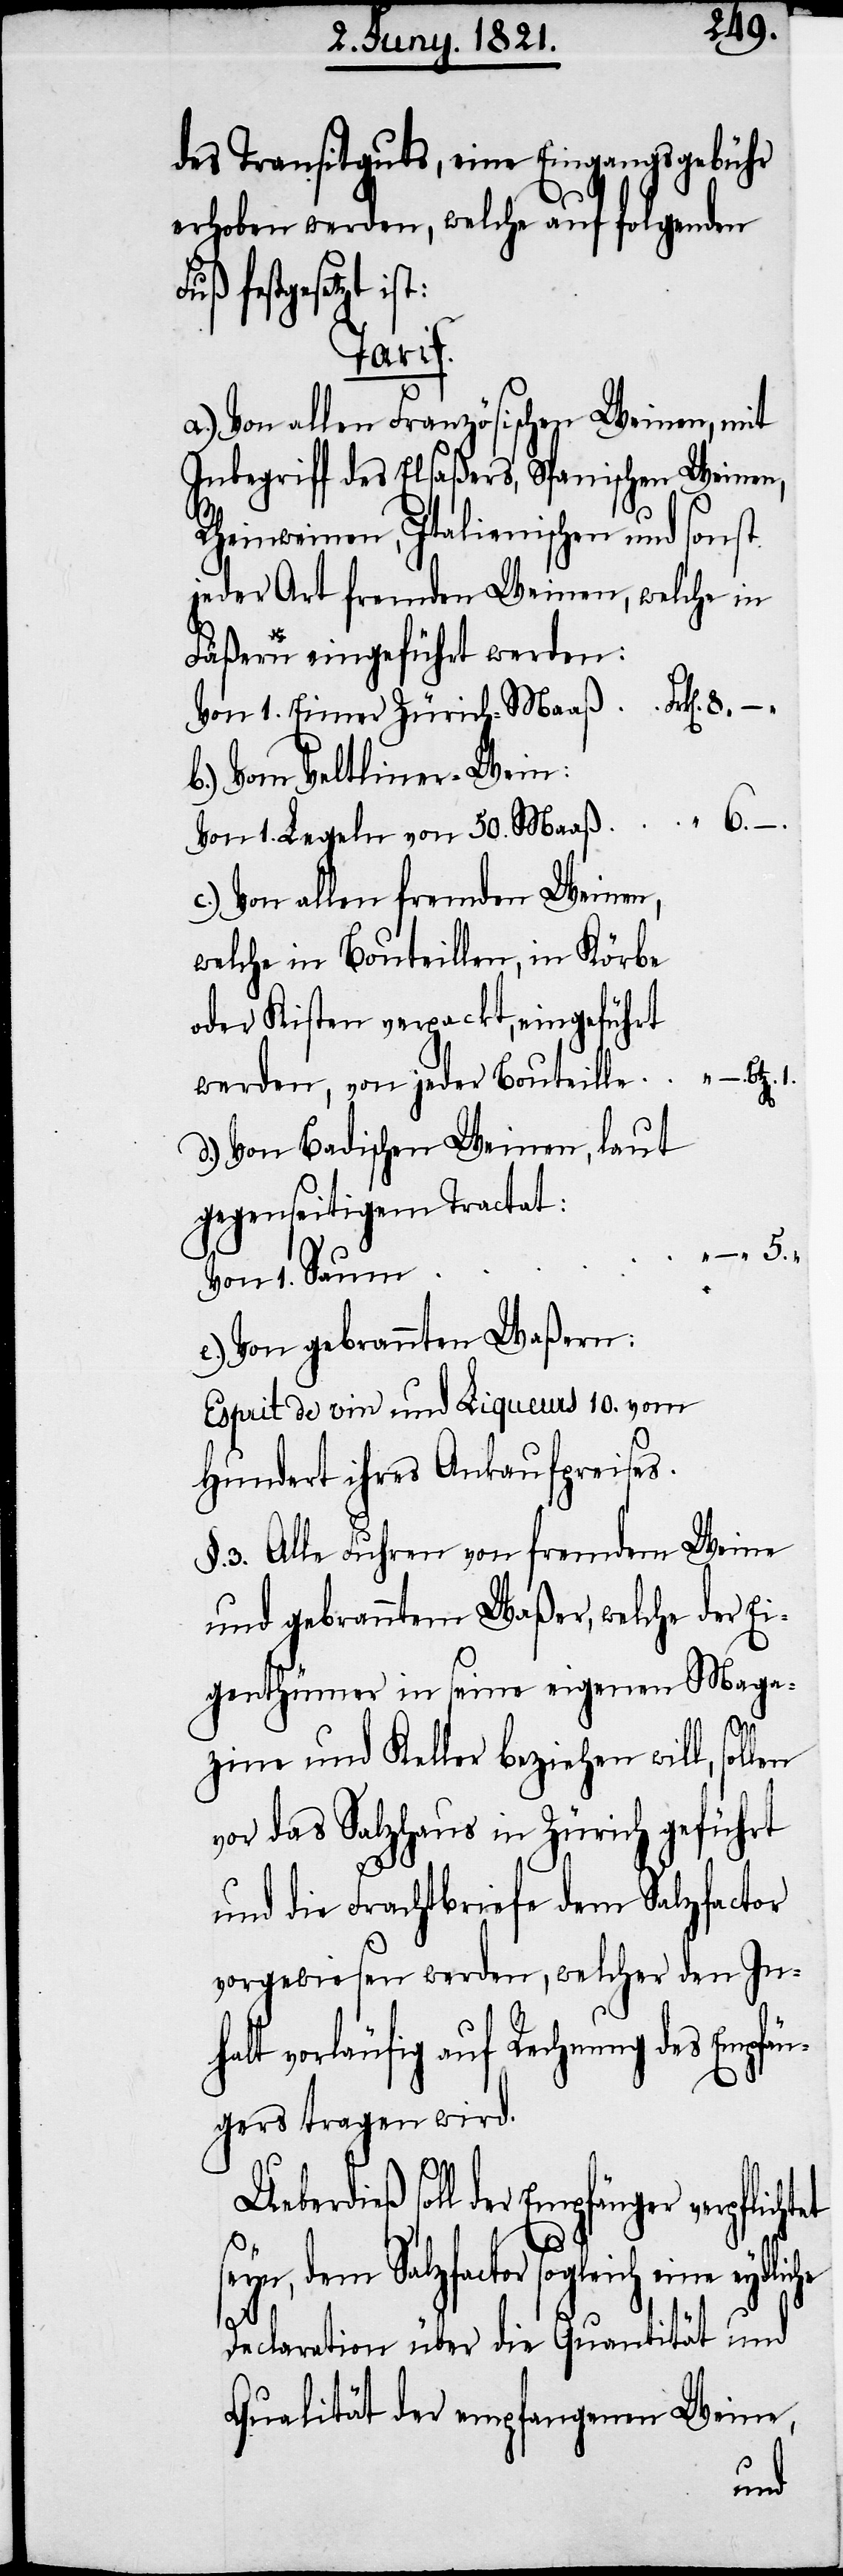
des Transitguts, eine Einzugsgebühr
erhoben werden, welche auf folgenden
Fuß festgesetzt
Tarif.
a.) Von allen Französischen Weinen, mit
Inbegriff des Elsaßers, Spanischen Weinen,
Rheinweinen, Italienischen und sonst
jeder Art fremden Weinen, welche in
Fäßern eingeführt werden:
Von 1. Eimer Zürich-Maaß
b.) Vom Veltliner-Wein:
Von 1. Legeln von 50. Maaß
Von allen fremden Weinen,
welche in Bouteillen, in Körbe
oder Kisten verpackt, eingeführt
werden, von jeder Bouteille
d.) Von Badischen Weinen, laut
gegenseitigem Tractat:
Von 1. Saum
e.) Von gebrannten Waßern:
Esprit de vin und Liqueurs 10. vom
Hundert ihres Ankaufpreises.
§. 3. Alle Fuhren von fremdem Weine
und gebranntem Waßer, welche der Ei¬
genthümer in seine eigenen Maga¬
zine und Keller beziehen will, soll¬
vor das Salzhaus in Zürich geführt
und die Frachtbriefe dem Salzfactor
vorgewiesen werden, welcher den Inh¬
alt vorläufig auf Rechnung des Empfä¬
ngers tragen wird.
factor sogleich eine rydliche
er verpflichtet seyn, dem Salz¬
Declaration über die Quantität und
Qualität der empfangenen Weine,
en